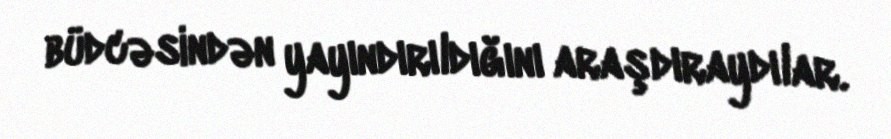
büdcəsindən yayındırıldığını araşdıraydılar.